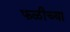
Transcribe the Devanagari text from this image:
फळीच्या